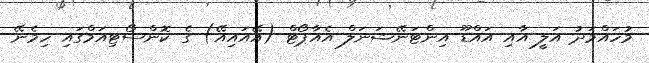
މުހައްމަދު އަލީ އާއި އައްޑޫ އިންޓަނޭޝަނަލް އެއާޕޯޓް (އޭއައިއޭ) ގެ ކޮންސޯޓިއަމްގައި ހިމެނޭ